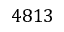
4 8 1 3